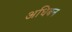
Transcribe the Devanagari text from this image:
अधिबन